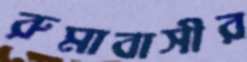
রুমাবাসীর